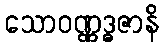
သောဝဏ္ဏဒ္ဓဇာနိ